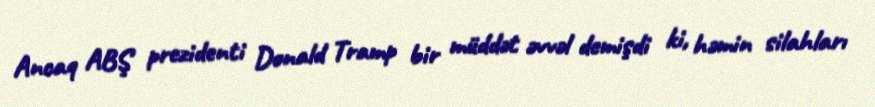
Ancaq ABŞ prezidenti Donald Tramp bir müddət əvvəl demişdi ki, həmin silahları